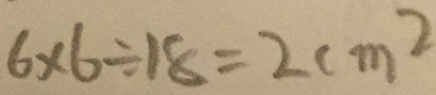
6 \times 6 \div 1 8 = 2 c m ^ { 2 }